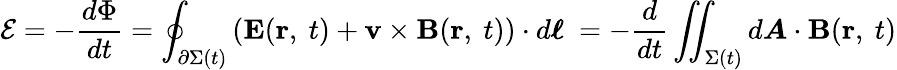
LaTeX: {\mathcal{E}}=-{\frac{d\Phi}{dt}}=\oint_{\partial\Sigma(t)}\left(\mathbf{E}(\mathbf{r},\ t)+\mathbf{v}\times\mathbf{B}(\mathbf{r},\ t)\right)\cdot d{\boldsymbol{\ell}}\ =-{\frac{d}{dt}}\iint_{\Sigma(t)}d{\boldsymbol{A}}\cdot\mathbf{B}(\mathbf{r},\ t)